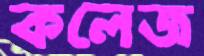
কলেজ